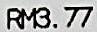
RM3.77